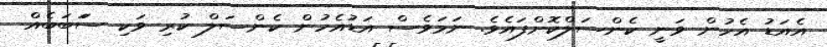
އެއަޑު އެހުން ވަނީ ކެންސަލްކޮށްފައެވެ. ނަމަވެސް އަޑުއެހުން ކެންސަލް ކުރި ވަކި ސަަބަބެއް